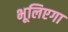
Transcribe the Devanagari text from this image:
भूलिएगा